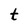
Character: t